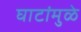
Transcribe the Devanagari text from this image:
घाटांमुळे